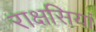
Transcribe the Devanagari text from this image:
राक्षसियां